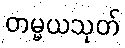
တမ္မယသုတ်